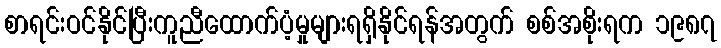
စာရင်းဝင်နိုင်ပြီးကူညီထောက်ပံ့မှုများရရှိနိုင်ရန်အတွက် စစ်အစိုးရက ၁၉၈၇